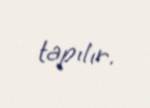
tapılır.